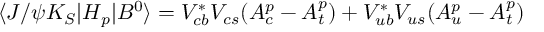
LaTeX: \langle J / \psi K _ { S } | H _ { p } | B ^ { 0 } \rangle = V _ { c b } ^ { \ast } V _ { c s } ( A _ { c } ^ { p } - A _ { t } ^ { p } ) + V _ { u b } ^ { \ast } V _ { u s } ( A _ { u } ^ { p } - A _ { t } ^ { p } )